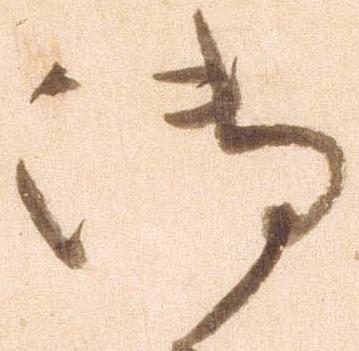
御